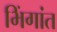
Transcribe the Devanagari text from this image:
भिंगांत